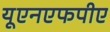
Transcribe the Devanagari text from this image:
यूएनएफपीए